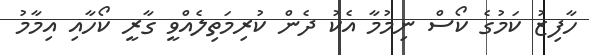
ހާފިޒު ކަމުގެ ކޯސް ނިމުމާ އެކު ދެން ކުރިމަތިލެއްވީ ގާރީ ކޯހާއި އިމާމު